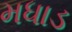
મધાડ